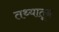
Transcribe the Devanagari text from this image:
तथ्यातून